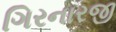
ગિરનારજી